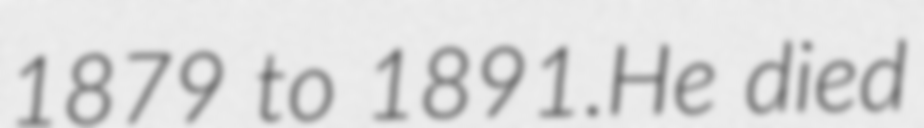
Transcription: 1879 to 1891.He died